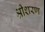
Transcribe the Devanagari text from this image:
श्रीशरण